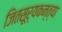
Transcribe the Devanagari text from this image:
जितसूर्यकन्त्या